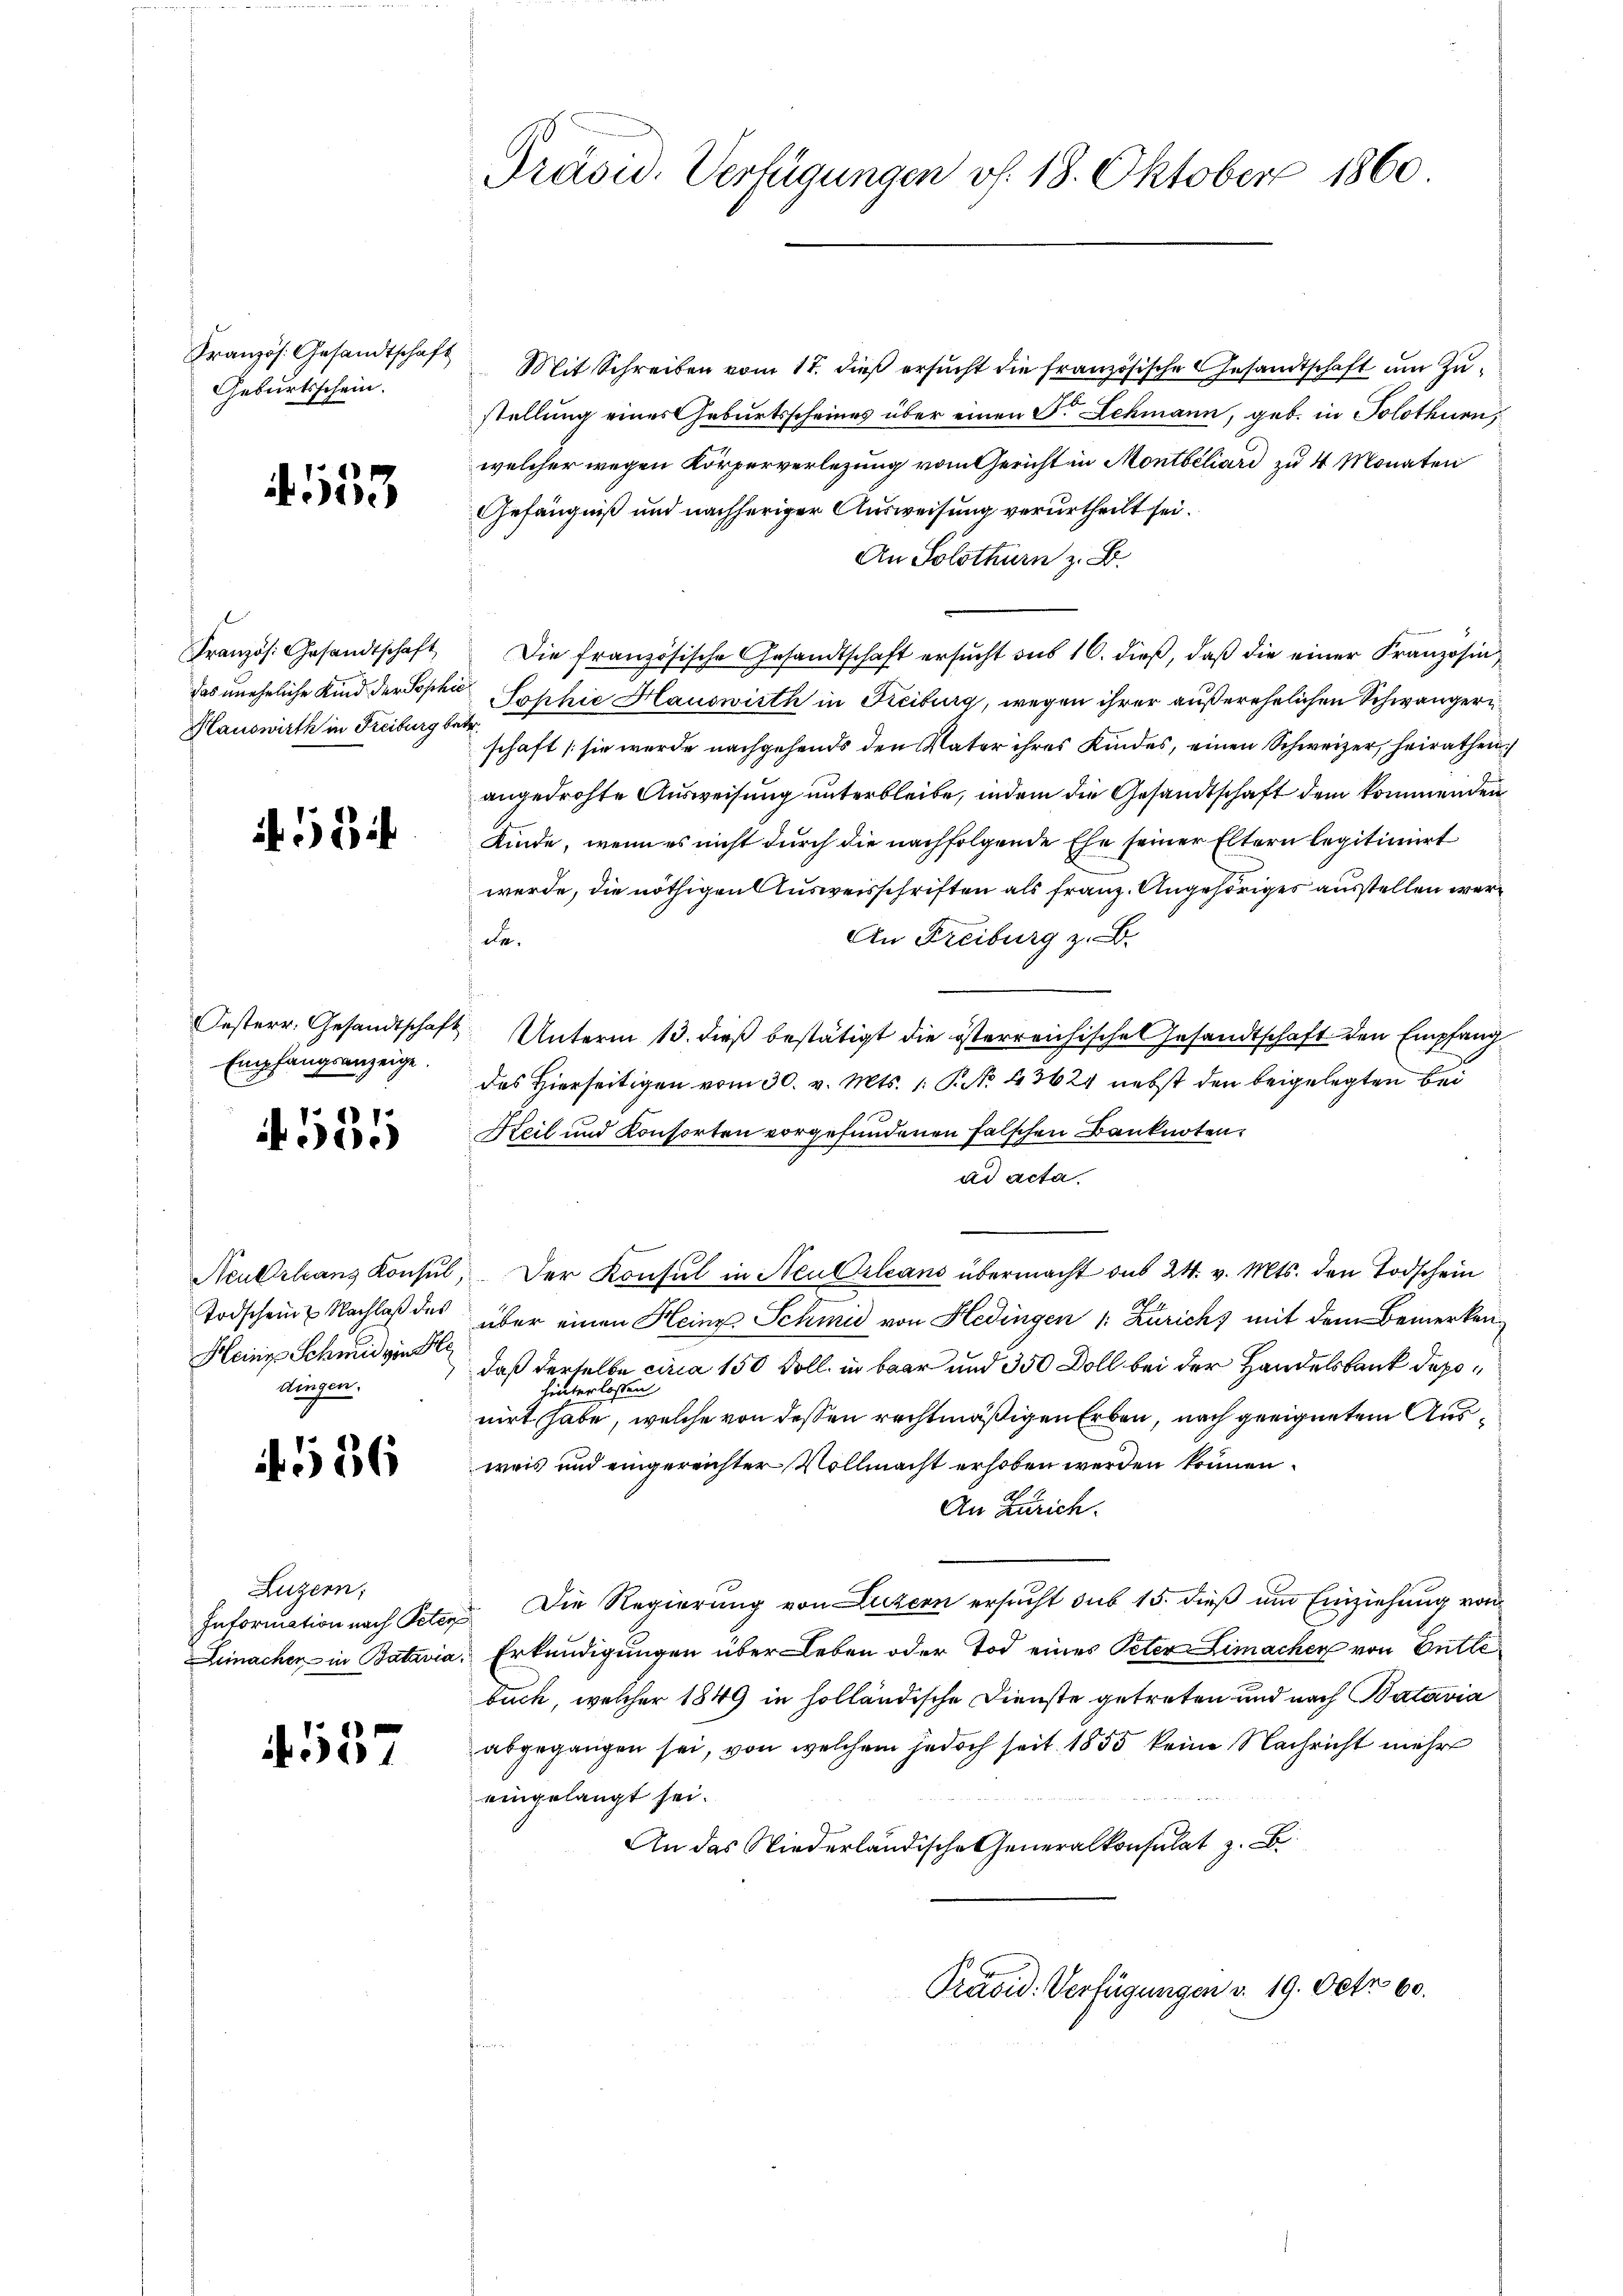
Französ. Gesandtschaft
Geburtsschein.

4. 553

Französ. Gesandtschaft
das uneheliche Kind der Sophie
Hauswirth in Freiburg be¬

13

Jesterr. Gesandtschaft
Empfangsanzeige.

555

Neuberleans Konsul
Todschein Nachlaß des
Heinz Schmid von de
Dingen,

586

Luzern,
Information nach Peter
Lemacher in Batavia.

f 55

Präsid. Verfügungen v. 18. Oktober 1860

Mit Schreiben vom 17. dieß ersucht die französische Gesandtschaft um Zustellung eines Geburtsscheines über einen S. Lehmann, geb. in Solothurn,
welcher wegen Körperverlegung vom Gericht in Montbéliard zu 4 Monaten
Gefängniß und nachheriger Ausweisung verurtheilt sei.
An Solothurn z. B.
Die französische Gesandtschaft ersucht sub 10. dieß, daß die einer Franzosen¬
Jophie Hauswirth in Freiburg, wegen ihrer außerehelichen Schwängern
schaft (sie werde nachgehends den Vater ihres Kindes, einen Schweizer, heirathen
angedrohte Ausweisung unterbleibe, indem die Gesandtschaft dem kommenden
Kinde, wenn es nicht durch die nachfolgende Ehe seiner Eltern legitimirt
werde, die nöthigen Ausweisschriften als franz. Angehöriges ausstellen wer¬
An Freiburg z. B.
de.
Unterm 13. dieß bestätigt die österreichische Gesandtschaft den Empfang
des Hierseitigen vom 30. v. Mts. 1: P. No. 43624 nebst den beigelegten bei
Heil und Konsorten vorgefundenen falschen Banknoten
ad acta.
Der Konsul in Neu Orleans übermacht sub 24. v. Mts. den Todschein
über einen Heinr. Schmid von Hedingen 1: Zürich) mit dem Bemerkendaß derselbe circa 150 Doll in baar und 350 Doll bei der Handelsbank depohinterlosten.
nirt habe, welche von dessen rechtmäßigen Erben, nach geeignetem Ausweis und eingereichter Vollmacht erhoben werden können.
An Zürich.
Die Regierung von Luzern ersucht sub 15. dieß um Einziehung von
Erkundigungen über Leben oder Tod eines Peter Limachen von Entle
buch, welcher 1849 in holländische Dienste getreten und nach Batavia
abgegangen sei, von welchem jedoch seit 1855 keine Nachricht mehr
eingelangt sei.
An das Niederländische Generalkonsulat z. B
Präsid. Verfügungen v. 19. Octo 60.